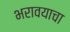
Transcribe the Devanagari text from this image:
भरावयाचा